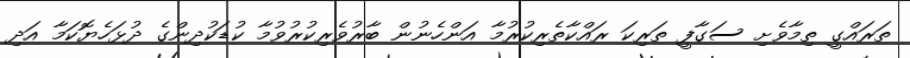
ތަރައްގީ ތިމާވެށި ސަގާފީ ތަރިކަ ރައްކާތެރިކުރުމާ އަންހެނުން ބާރުވެރިކުރުވުމާ ކުޑަކުދިންގެ ދުޅަހެޔޮކަމާ އަދި